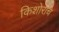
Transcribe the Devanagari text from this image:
किशोराचे